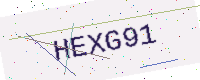
Text: HEXG91